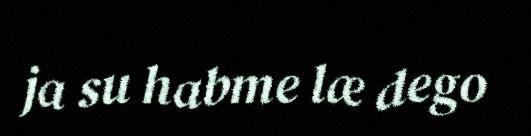
ja su habme læ dego